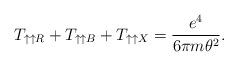
LaTeX: \begin{align*}T_{\uparrow \uparrow R}+ T_{\uparrow \uparrow B}+T_{\uparrow \uparrow X} = \frac{e^4}{6 \pi m \theta^2}.\end{align*}